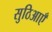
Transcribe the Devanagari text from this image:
सुठिआएँ